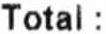
TOTAL :